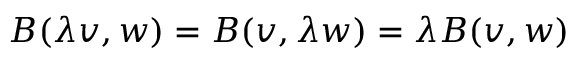
B ( \lambda v , w ) = B ( v , \lambda w ) = \lambda B ( v , w )